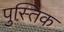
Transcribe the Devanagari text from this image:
पुस्तिक